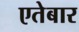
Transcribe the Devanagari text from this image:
एतेबार